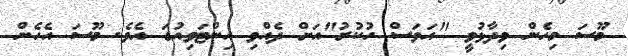
މޫސަ މިހެން ވިދާޅުވީ "އަވަސް ހުކުރު"އަށް ދެއްވި އިންޓަވިއުގަ އެވެ. މޫސަ އެހެން